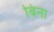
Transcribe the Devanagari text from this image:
बिना